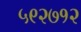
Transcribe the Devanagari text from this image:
५९२७१२